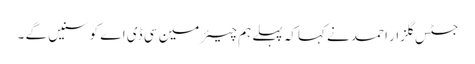
جسٹس گلزار احمد نے کہاکہ پہلے ہم چیئرمین سی ڈی اے کو سنیں گے ۔